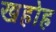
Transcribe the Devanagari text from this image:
खहोह